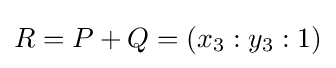
R=P+Q=(x_{3}:y_{3}:1)